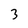
Character: 3